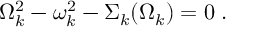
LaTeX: \Omega _ { k } ^ { 2 } - \omega _ { k } ^ { 2 } - \Sigma _ { k } ( \Omega _ { k } ) = 0 \; .